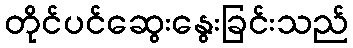
တိုင်ပင်ဆွေးနွေးခြင်းသည်